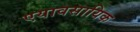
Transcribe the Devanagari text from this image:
एयावसायिक